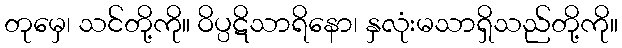
တုမှေ၊ သင်တို့ကို။ ဝိပ္ပဋိသာရိနော၊ နှလုံးမသာရှိသည်တို့ကို။